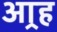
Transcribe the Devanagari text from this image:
आर्‍ह